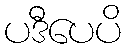
ပဒီပေပိ